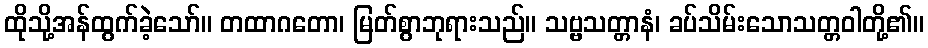
ထိုသို့အန်ထွက်ခဲ့သော်။ တထာဂတော၊ မြတ်စွာဘုရားသည်။ သဗ္ဗသတ္တာနံ၊ ခပ်သိမ်းသောသတ္တဝါတို့၏။